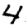
Digit: 4